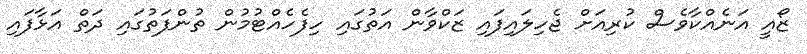
ޒޯއީ އަނެއްކާވެސް ކުރިއަށް ޖެހިލައިފައި ޒަކްވާން އަތުގައި ހިފެހެއްޓުމުން ތުންފަތުގައި ދަތް އަޅާފައި